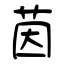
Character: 茵